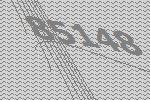
85148